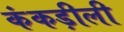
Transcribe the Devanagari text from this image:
कंकड़ीली